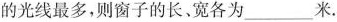
的光线最多，则窗子的长。宽各为___米。